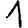
Digit: 1